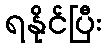
ရနိုင်ပြီး